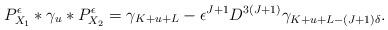
LaTeX: \begin{align*}P_{X_1}^{\epsilon}*\gamma_u*P_{X_2}^{\epsilon}=\gamma_{K+u+L}-\epsilon^{J+1}D^{3(J+1)}\gamma_{K+u+L-(J+1)\delta}.\end{align*}